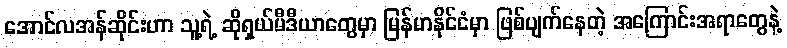
အောင်လအန်ဆိုင်းဟာ သူ့ရဲ့ ဆိုရှယ်မီဒီယာတွေမှာ မြန်မာနိုင်ငံမှာ ဖြစ်ပျက်နေတဲ့ အကြောင်းအရာတွေနဲ့